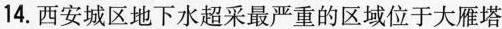
14.西安城区地下水超采最严重的区域位于大雁塔